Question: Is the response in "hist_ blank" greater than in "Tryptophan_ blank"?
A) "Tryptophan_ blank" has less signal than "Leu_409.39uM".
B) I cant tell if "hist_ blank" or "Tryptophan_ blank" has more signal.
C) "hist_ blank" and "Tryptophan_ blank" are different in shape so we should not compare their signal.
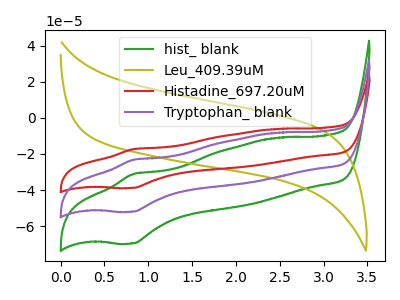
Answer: <think>The green curve "hist_ blank" has an anodic peak at (0.85V, -31.05uA) and a cathodic peak at (0.80V, -69.60uA). The olive curve "Leu_409.39uM" has no peaks. The red curve "Histadine_697.20uM" has an anodic peak at (0.85V, -46.40uA) and a cathodic peak at (0.80V, -104.00uA). The purple curve "Tryptophan_ blank" has an anodic peak at (0.85V, -23.20uA) and a cathodic peak at (0.80V, -52.00uA).
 All the peaks in "hist_ blank" have a peak in "Tryptophan_ blank" at the same potential.</think>
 <answer>B) I cant tell if "hist_ blank" or "Tryptophan_ blank" has more signal.</answer>
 <eval>B</eval>